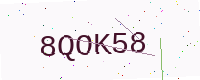
Text: 8QOK58